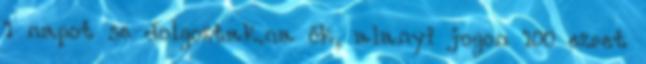
1 napot se dolgoztak.na ők, alanyi jogon 100 ezret